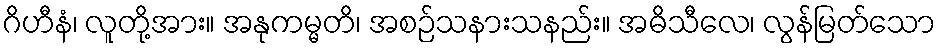
ဂိဟီနံ၊ လူတို့အား။ အနုကမ္မတိ၊ အစဉ်သနားသနည်း။ အဓိသီလေ၊ လွန်မြတ်သော